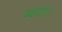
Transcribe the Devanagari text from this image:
बहाए।